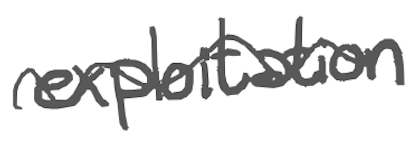
Text: exploitation
Cross-out: wave
Writing tool: digital_gray